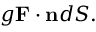
g \mathbf { F } \cdot \mathbf { n } d S .